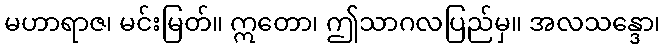
မဟာရာဇ၊ မင်းမြတ်။ ဣတော၊ ဤသာဂလပြည်မှ။ အလသန္ဒော၊